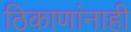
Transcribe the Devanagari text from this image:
ठिकाणांनाही